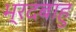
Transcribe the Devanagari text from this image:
भ्रदबाहु